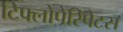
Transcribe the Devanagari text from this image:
टिफ्लोपेरिपेटस